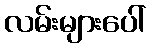
လမ်းများပေါ်